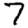
Digit: 7